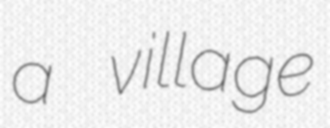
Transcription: a village